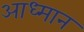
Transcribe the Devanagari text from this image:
आध्मान